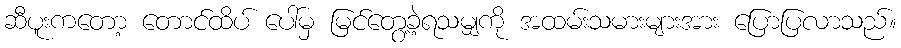
ဆီပူးကတော့ တောင်ထိပ် ပေါ်မှ မြင်တွေ့ခဲ့ရသမျှကို အထမ်းသမားများအား ပြောပြလာသည်။